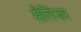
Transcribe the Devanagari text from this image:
सैलिंजर